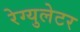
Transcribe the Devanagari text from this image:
रेग्युलेटर